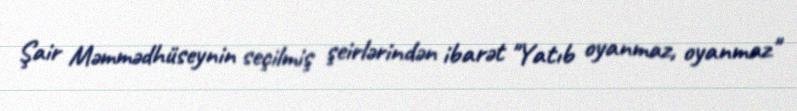
Şair Məmmədhüseynin seçilmiş şeirlərindən ibarət "Yatıb oyanmaz, oyanmaz"